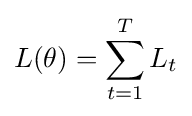
L(\theta )=\sum _{t=1}^{T}L_{t}